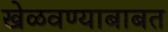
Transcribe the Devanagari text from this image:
खेळवण्याबाबत